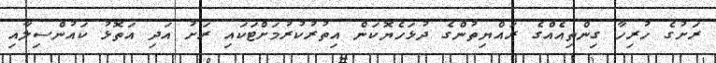
ރަށުގެ ހުރިހާ ގިންތިއެއްގެ ރައްޔިތުންގެ ދުޅަހެޔޮކަން އިތުރުކުރުމަށްޓަކައި ރަށު އަދި އަތޮޅު ކައުންސިލާއި